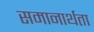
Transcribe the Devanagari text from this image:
समानार्थता